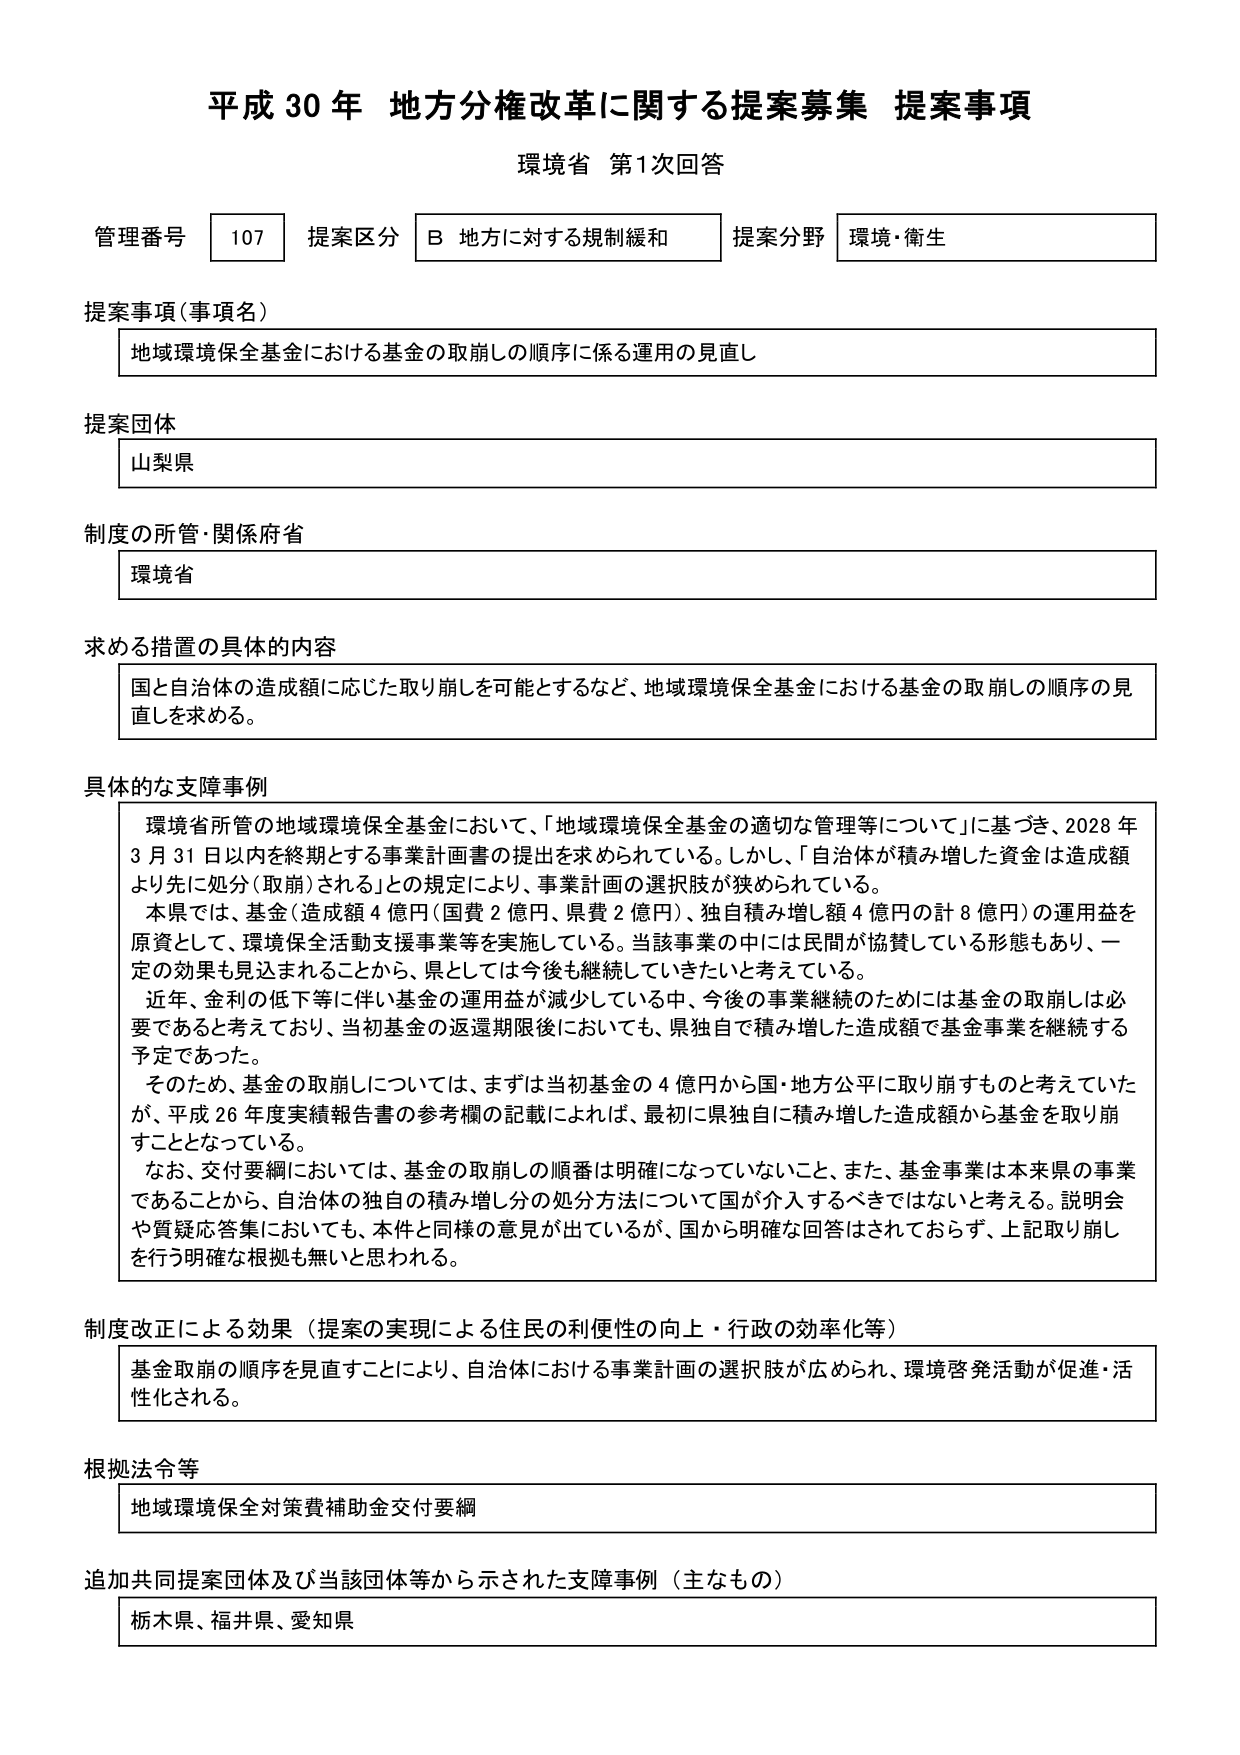
平成30年 地方分権改革に関する提案募集 提案事項
環境省 第1次回答

管理番号 107 提案区分 B 地方に対する規制緩和 提案分野 環境・衛生

提案事項（事項名）
地域環境保全基金における基金の取崩しの順序に係る運用の見直し

提案団体
山梨県

制度の所管・関係府省
環境省

求める措置の具体的な内容
国と自治体の造成額に応じた取り崩しを可能とするなど、地域環境保全基金における基金の取崩しの順序の見直しを求める。

具体的な支障事例
環境省所管の地域環境保全基金において、「地域環境保全基金の適切な管理等について」に基づき、2028年3月31日以内を終期とする事業計画書の提出を求められている。しかし、「自治体が積み増した資金は造成額より先に処分（取崩）される」との規定により、事業計画の選択肢が狭められている。
本県では、基金（造成額4億円（国費2億円、県費2億円）、独自積み増し額4億円の計8億円）の運用益を原資として、環境保全活動支援事業等を実施している。当該事業の中には民間が協賛している形態もあり、一定の効果も見込まれることから、県としては今後も継続していきたいと考えている。
近年、金利の低下等に伴い基金の運用益が減少している中、今後の事業継続のためには基金の取崩しは必要であると考えており、当初基金の返還期限後においても、県独自で積み増した造成額で基金事業を継続する予定であった。
そのため、基金の取崩しについては、まずは当初基金の4億円から国・地方公平に取り崩すものと考えていたが、平成26年度実績報告書の参考欄の記載によれば、最初に県独自に積み増した造成額から基金を取り崩すこととなっている。
なお、交付要綱においては、基金の取崩しの順番は明確になっていないこと、また、基金事業は本来県の事業であることから、自治体の独自の積み増し分の処分方法について国が介入するべきではないと考える。説明会や質疑応答集においても、本件と同様の意見が出ているが、国から明確な回答がされておらず、上記取り崩しを行う明確な根拠も無いと思われる。

制度改正による効果（提案の実現による住民の利便性の向上・行政の効率化等）
基金取崩の順序を見直すことにより、自治体における事業計画の選択肢が広められ、環境啓発活動が促進・活性化される。

根拠法令等
地域環境保全対策費補助金交付要綱

追加共同提案団体及び当該団体等から示された支障事例（主なもの）
栃木県、福井県、愛知県